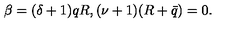
\beta = ( \delta + 1 ) q R , ( \nu + 1 ) ( R + \bar { q } ) = 0 .